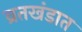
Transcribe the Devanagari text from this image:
व्रतखंडात